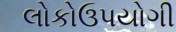
લોકોઉપયોગી